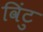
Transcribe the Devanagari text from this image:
विंटु